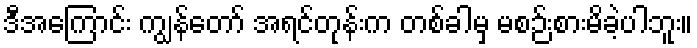
ဒီအကြောင်း ကျွန်တော် အရင်တုန်းက တစ်ခါမှ မစဉ်းစားမိခဲ့ပါဘူး။